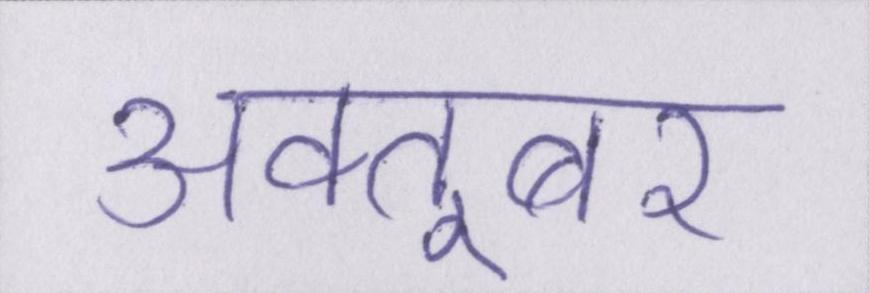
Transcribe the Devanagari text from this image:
अक्तूबर